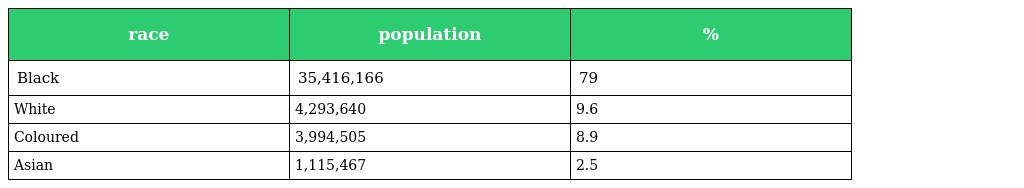
| race | population | % |
 | --- | --- | --- |
 | Black | 35,416,166 | 79 |
 | White | 4,293,640 | 9.6 |
 | Coloured | 3,994,505 | 8.9 |
 | Asian | 1,115,467 | 2.5 |